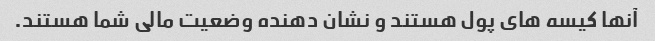
آنها کیسه های پول هستند و نشان دهنده وضعیت مالی شما هستند.